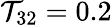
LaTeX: \mathcal{T}_{32}=0.2